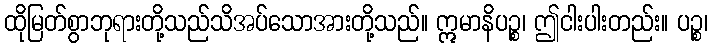
ထိုမြတ်စွာဘုရားတို့သည်သိအပ်သောအားတို့သည်။ ဣမာနိပဉ္စ၊ ဤငါးပါးတည်း။ ပဉ္စ၊